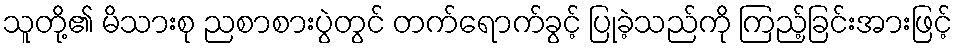
သူတို့၏ မိသားစု ညစာစားပွဲတွင် တက်ရောက်ခွင့် ပြုခဲ့သည်ကို ကြည့်ခြင်းအားဖြင့်